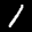
Label: 1